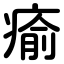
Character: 瘉